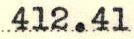
412.41